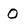
Character: O